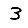
Digit: 3